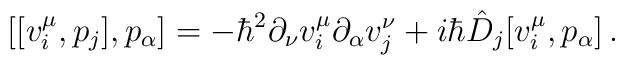
[[v^{\mu}_{i}, p_{j}], p_{\alpha}]=-\hbar^{2}\partial_{\nu}v^{\mu}_{i}\partial_{\alpha}v^{\nu}_{j}+i\hbar\hat{D}_{j}[v^{\mu}_{i}, p_{\alpha}]\,.